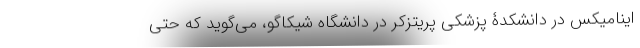
اینامیکس در دانشکدۀ پزشکی پریتزکر در دانشگاه شیکاگو، می‌گوید که حتی